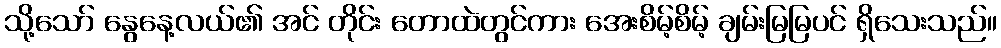
သို့သော် နွေနေ့လယ်၏ အင် တိုင်း တောထဲတွင်ကား အေးစိမ့်စိမ့် ချမ်းမြမြပင် ရှိသေးသည်။